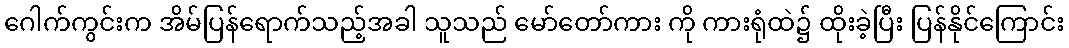
ဂေါက်ကွင်းက အိမ်ပြန်ရောက်သည့်အခါ သူသည် မော်တော်ကား ကို ကားရုံထဲ၌ ထိုးခဲ့ပြီး ပြန်နိုင်ကြောင်း